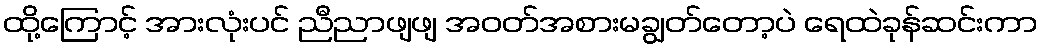
ထို့ကြောင့် အားလုံးပင် ညီညာဖျဖျ အဝတ်အစားမချွတ်တော့ပဲ ရေထဲခုန်ဆင်းကာ